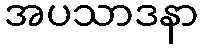
အပသာဒနာ